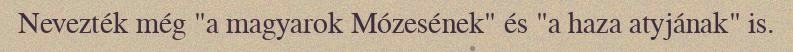
Nevezték még "a magyarok Mózesének" és "a haza atyjának" is.